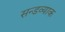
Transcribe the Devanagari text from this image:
सन्डव्याक